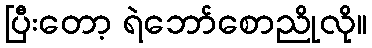
ပြီးတော့ ရဲဘော်စောညိုလို။